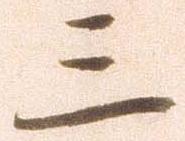
三